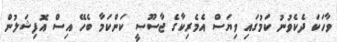
ވާހަކަ ދެކެވުނު ކަމުގައި ވިޔަސް އެމެރިކާގެ ޖާސޫސީ ކަންކަމާ ބެހޭ އިސް އޮފިޝަލުން